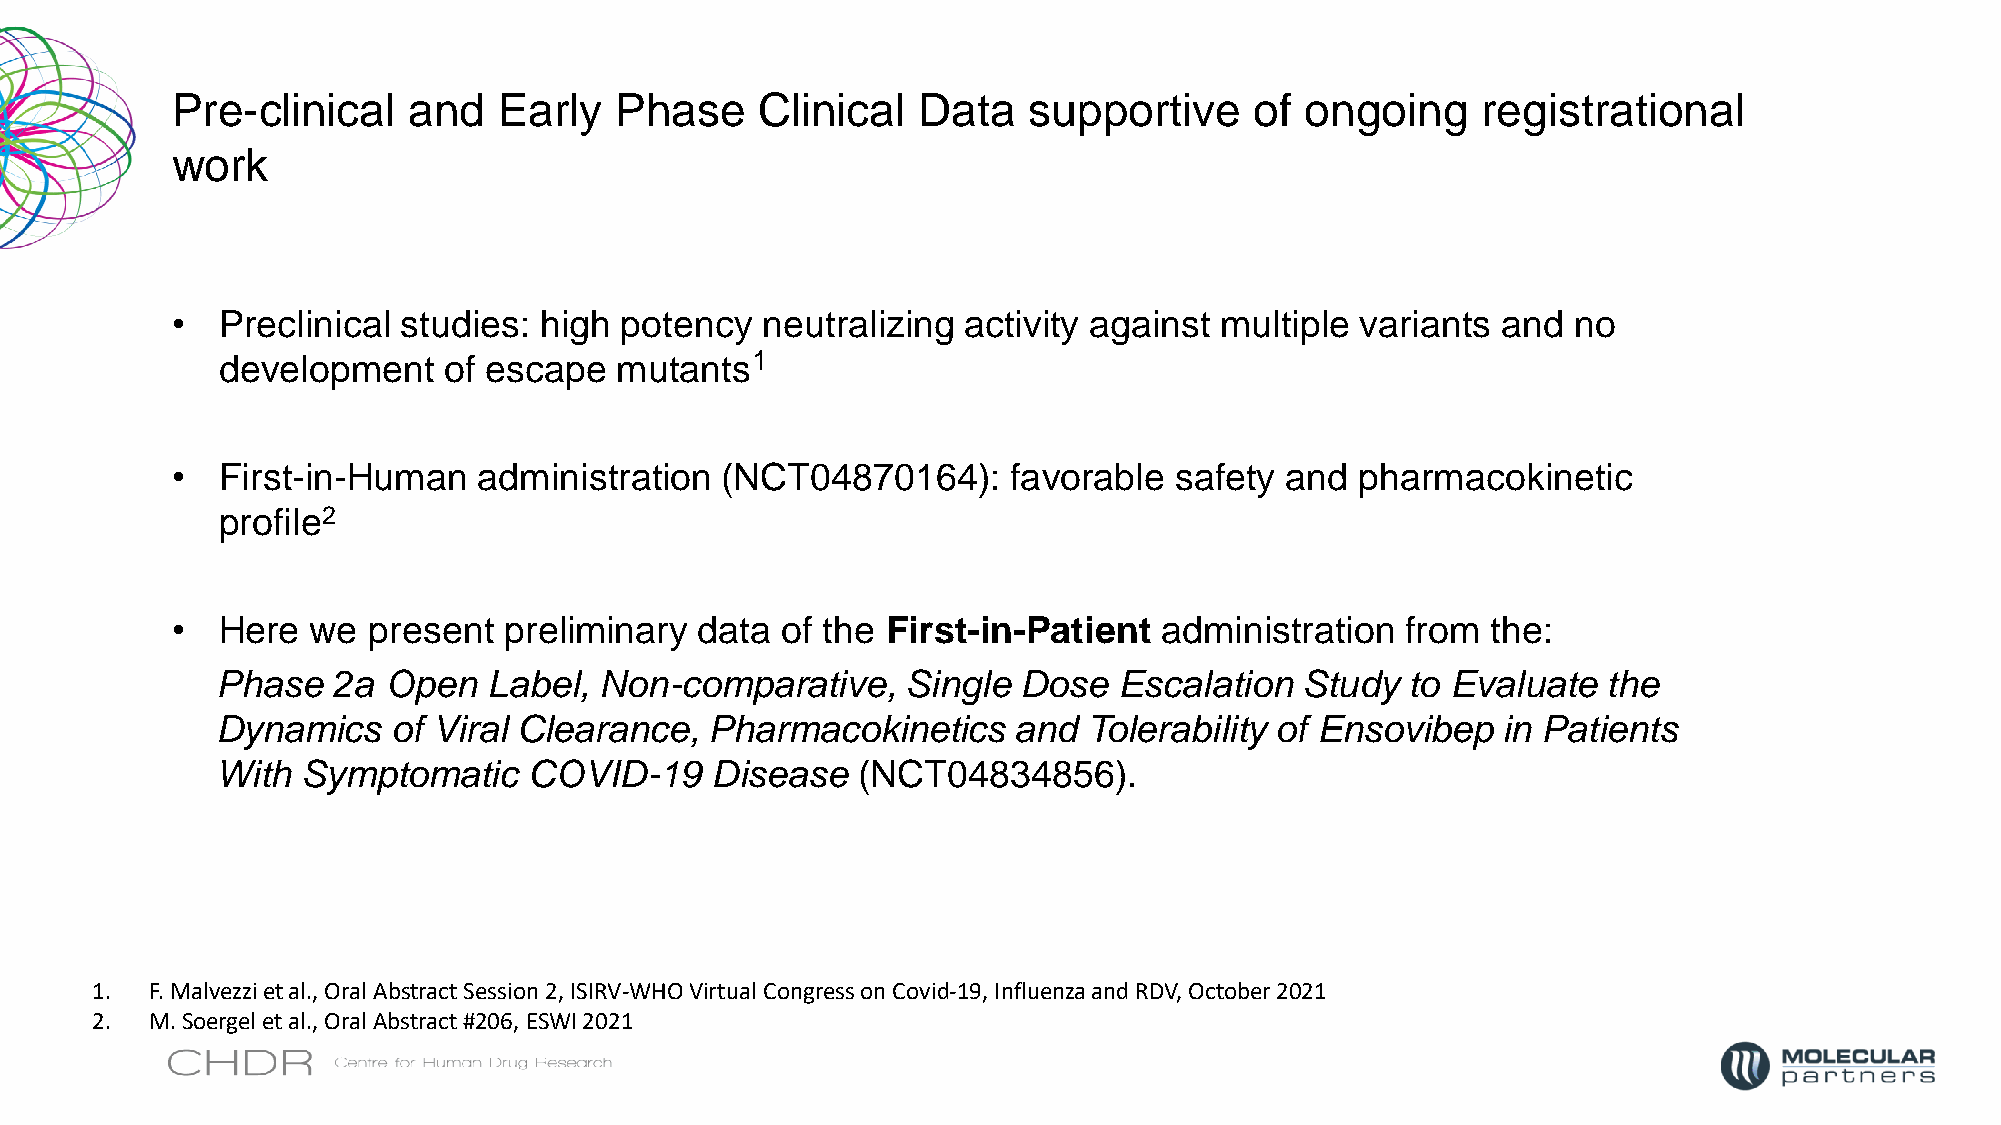
Pre-clinical    and   Early   Phase    Clinical   Data   supportive     of ongoing     registrational
 work
 •  Preclinical studies:  high potency  neutralizing  activity against multiple variants and  no
 development    of escape   mutants1
 •  First-in-Human    administration  (NCT04870164):     favorable  safety and  pharmacokinetic
 profile2
 •  Here   we present  preliminary  data  of the First-in-Patient  administration  from  the:
 Phase   2a Open   Label,  Non-comparative,    Single  Dose  Escalation  Study  to Evaluate  the
 Dynamics    of Viral Clearance,  Pharmacokinetics    and  Tolerability of Ensovibep  in Patients
 With  Symptomatic    COVID-19    Disease   (NCT04834856).
 1.  F. Malvezzi et al., Oral Abstract Session 2, ISIRV-WHO Virtual Congress on Covid-19, Influenza and RDV, October 2021
 2.  M. Soergel et al., Oral Abstract #206, ESWI 2021